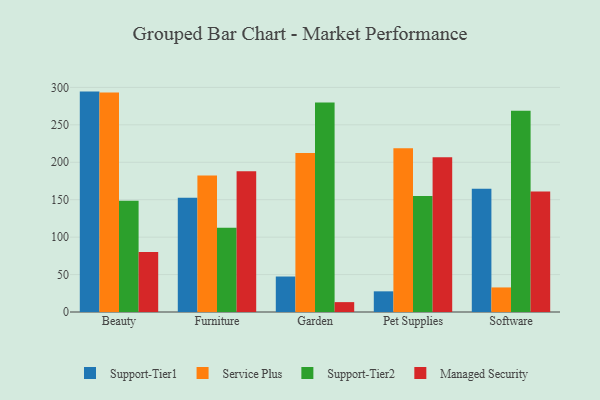
{"axis": {"x": "Category", "y": "Shipments"}, "legend": ["Managed Security", "Service Plus", "Support-Tier1", "Support-Tier2"], "data": [{"x": "Beauty", "y": 294.4, "type": "Support-Tier1"}, {"x": "Beauty", "y": 293.3, "type": "Service Plus"}, {"x": "Beauty", "y": 148.6, "type": "Support-Tier2"}, {"x": "Beauty", "y": 80.1, "type": "Managed Security"}, {"x": "Furniture", "y": 152.5, "type": "Support-Tier1"}, {"x": "Furniture", "y": 182.4, "type": "Service Plus"}, {"x": "Furniture", "y": 112.6, "type": "Support-Tier2"}, {"x": "Furniture", "y": 188.1, "type": "Managed Security"}, {"x": "Garden", "y": 47.4, "type": "Support-Tier1"}, {"x": "Garden", "y": 212.4, "type": "Service Plus"}, {"x": "Garden", "y": 279.8, "type": "Support-Tier2"}, {"x": "Garden", "y": 13.2, "type": "Managed Security"}, {"x": "Pet Supplies", "y": 27.6, "type": "Support-Tier1"}, {"x": "Pet Supplies", "y": 218.7, "type": "Service Plus"}, {"x": "Pet Supplies", "y": 154.8, "type": "Support-Tier2"}, {"x": "Pet Supplies", "y": 206.7, "type": "Managed Security"}, {"x": "Software", "y": 164.6, "type": "Support-Tier1"}, {"x": "Software", "y": 32.8, "type": "Service Plus"}, {"x": "Software", "y": 268.7, "type": "Support-Tier2"}, {"x": "Software", "y": 160.8, "type": "Managed Security"}]}